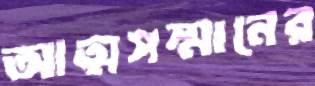
আত্মসম্মানের